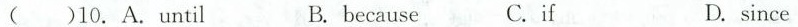
( )10.A. until B.because C.if D.since